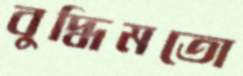
বুদ্ধিমতো